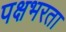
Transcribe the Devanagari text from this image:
पक्षभरता